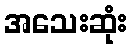
အသေးဆုံး